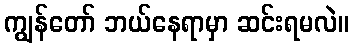
ကျွန်တော် ဘယ်နေရာမှာ ဆင်းရမလဲ။